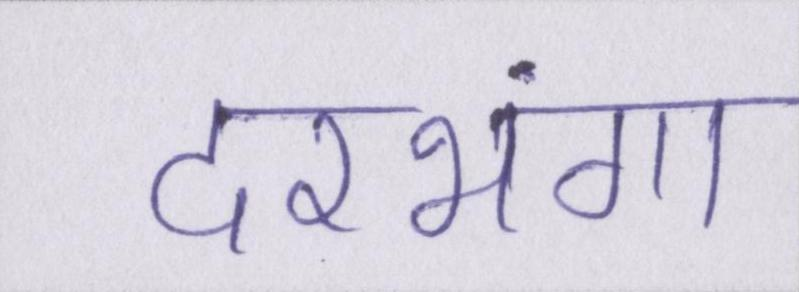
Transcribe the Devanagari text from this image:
दरभंगा